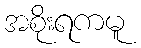
အစိုးရကမူ